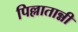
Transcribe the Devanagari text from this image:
पिल्लातान्नी